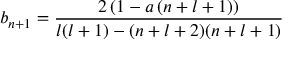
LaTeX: b _ { n + 1 } = \frac { 2 \left( 1 - a \left( n + l + 1 \right) \right) } { l ( l + 1 ) - ( n + l + 2 ) ( n + l + 1 ) }